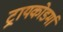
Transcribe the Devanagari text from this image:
ट्रायकोडर्मा